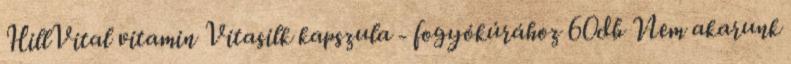
HillVital vitamin Vitasilk kapszula - fogyókúrához 60db Nem akarunk